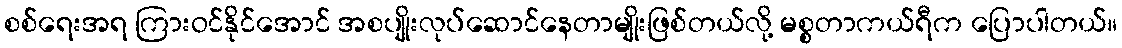
စစ်ရေးအရ ကြားဝင်နိုင်အောင် အစပျိုးလုပ်ဆောင်နေတာမျိုးဖြစ်တယ်လို့ မစ္စတာကယ်ရီက ပြောပါတယ်။